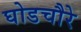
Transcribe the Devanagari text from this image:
घोडचौरे